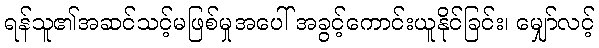
ရန်သူ၏အဆင်သင့်မဖြစ်မှုအပေါ် အခွင့်ကောင်းယူနိုင်ခြင်း၊ မျှော်လင့်